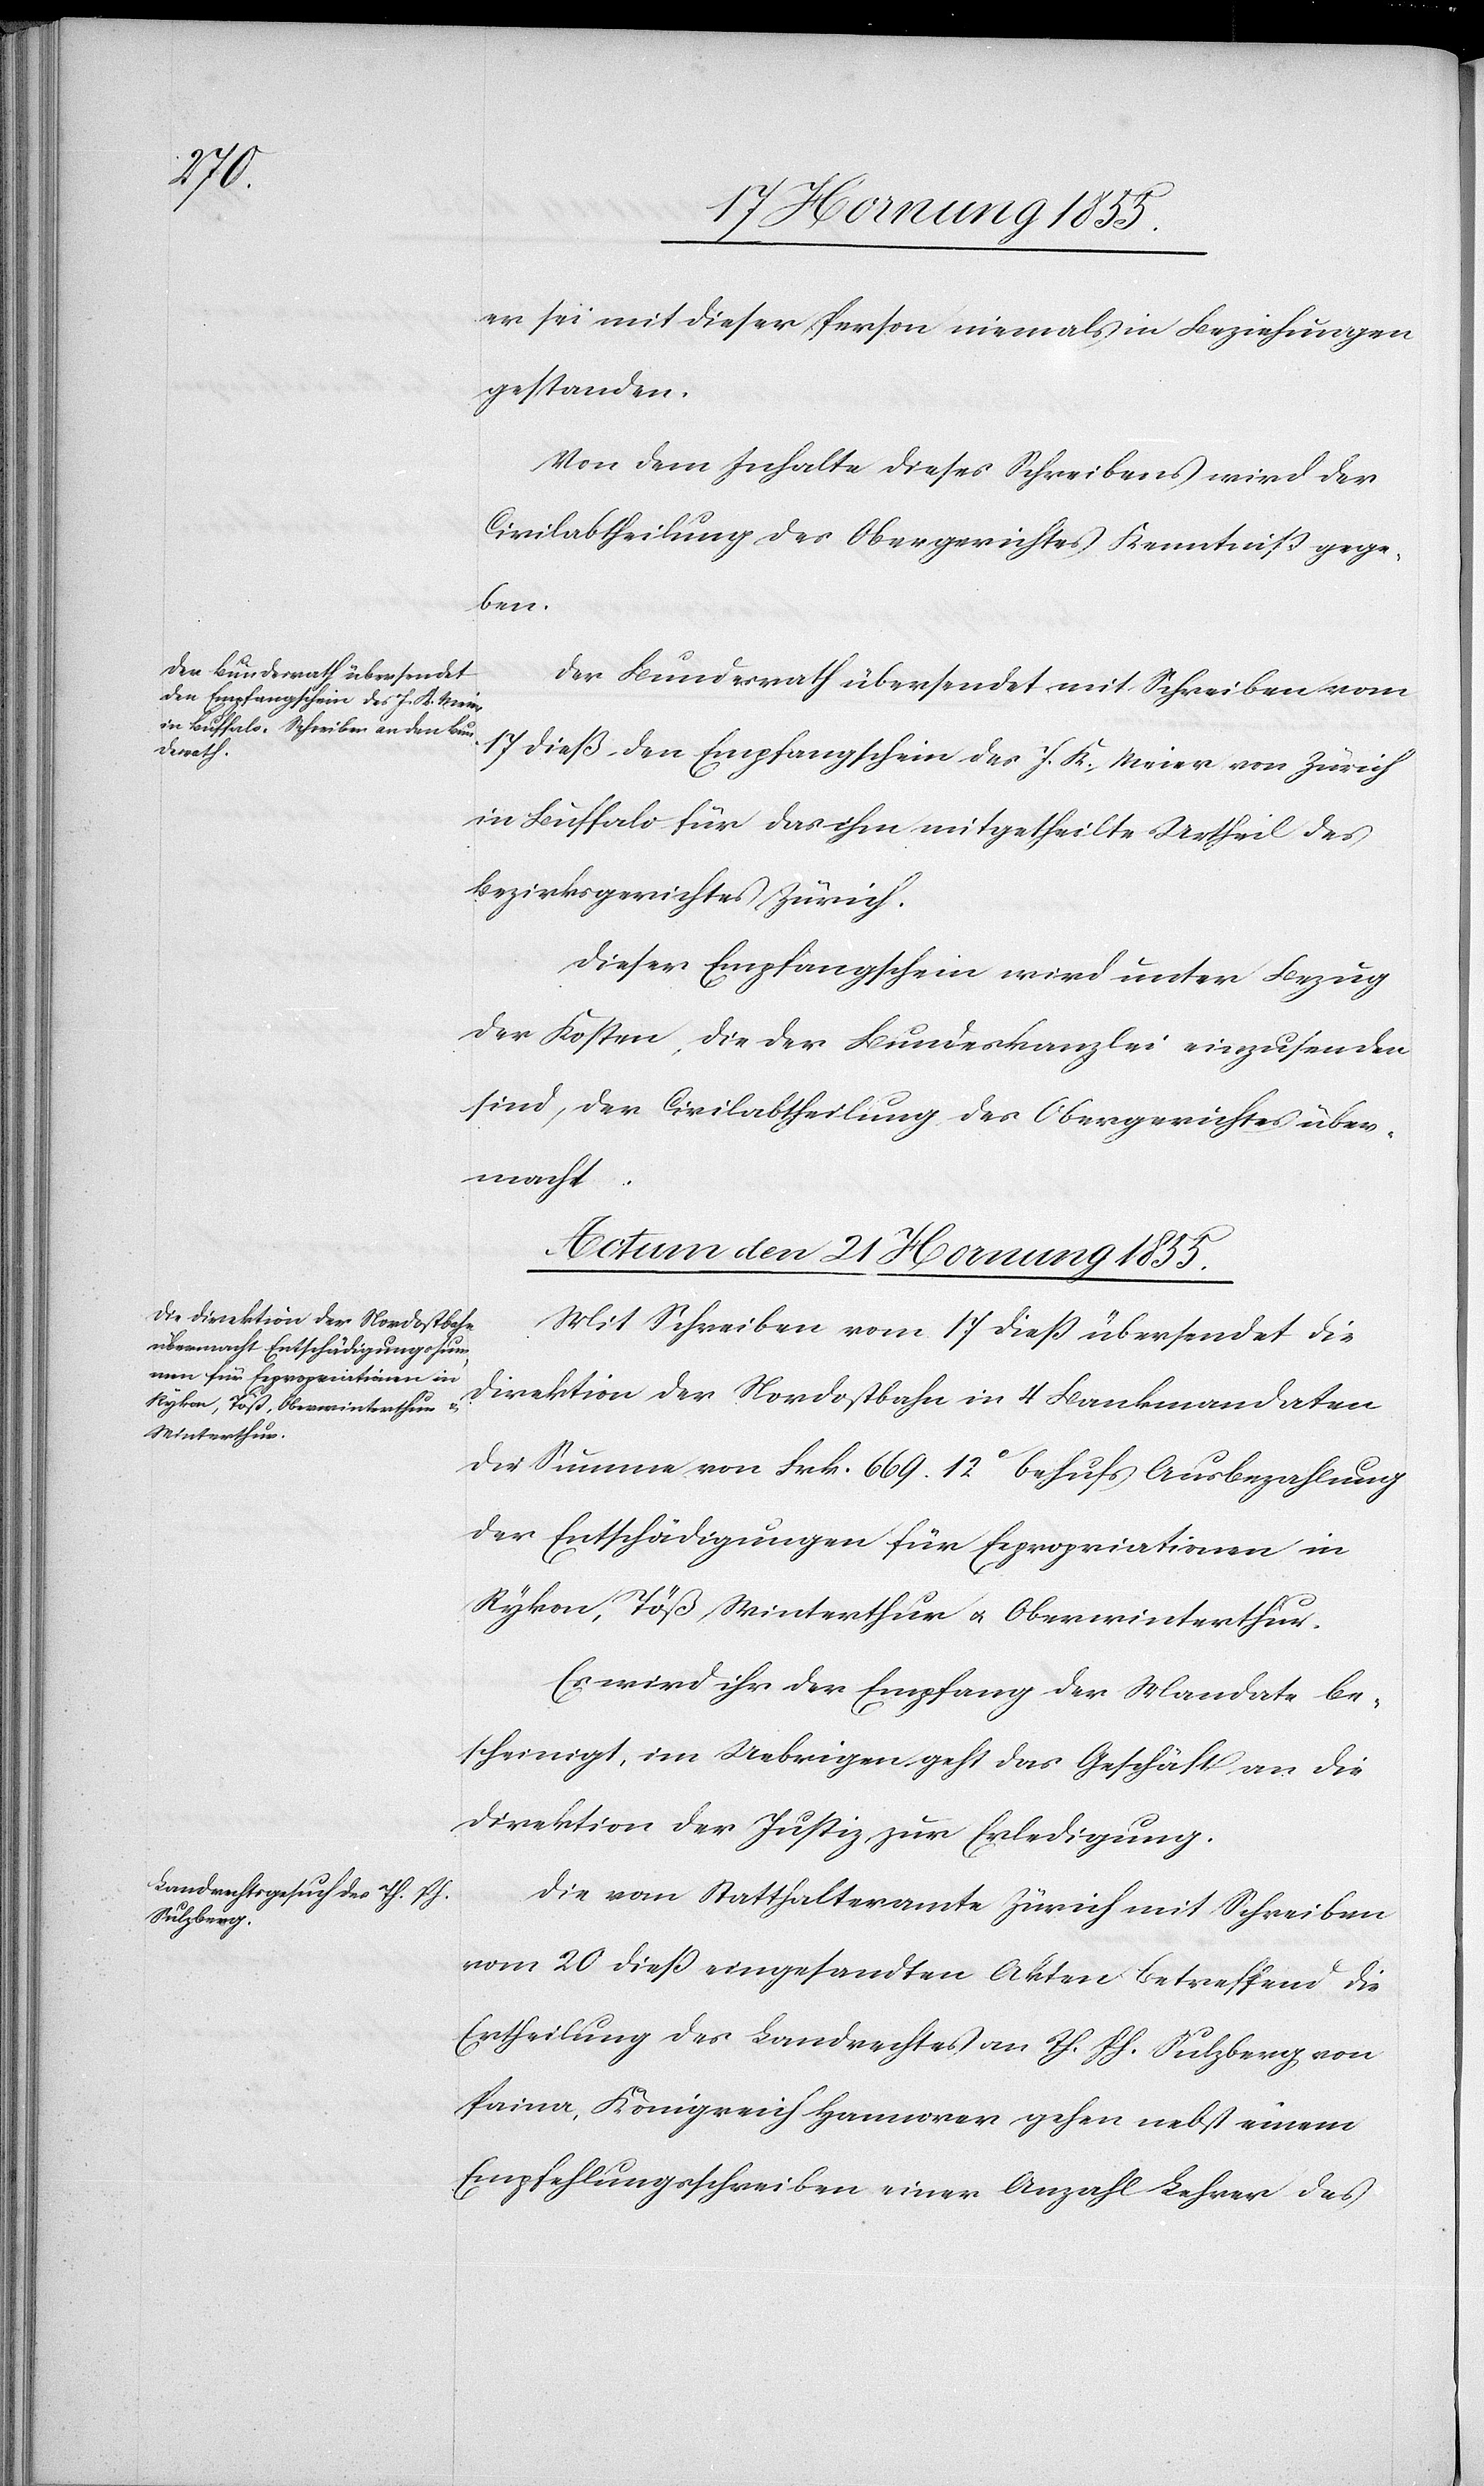
er sei mit dieser Person niemals in Beziehungen
gestanden.
Von dem Inhalte dieses Schreibens wird der
Civilabtheilung des Obergerichtes Kenntniß gege¬
ben.
Der Bundesrath übersendet mit Schreiben vom
17 dieß den Empfangschein des J. K. Meier von Zürich
in Buffalo für das ihm mitgetheilte Urtheil des
Bezirksgerichtes Zürich.
Dieser Empfangschein wird unter Bezug
der Kosten, die der Bundeskanzlei einzusenden
sind, der Civilabtheilung des Obergerichtes über¬
macht.
Actum den 21 Hornung 1855.]
Mit Schreiben vom 17 dieß übersendet die
Direktion der Nordostbahn in 4 Bankmandaten
die Summe von Frk. 669. 12c behufs Ausbezahlung
der Entschädigungen für Expropriationen in
Rykon, Töß, Winterthur & Oberwinterthur.
Es wird ihr der Empfang der Mandate be¬
scheinigt, im Uebrigen geht das Geschäft an die
Direktion der Justiz zur Erledigung.
Die vom Statthalteramte Zürich mit Schreiben
vom 20 dieß eingesandten Akten betreffend die
Ertheilung des Landrechtes an Th. Ph. Sulzberg von
Paina, Königreich Hannover gehen nebst einem
Empfehlungsschreiben einer Anzahl Lehrer des